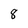
Character: 8